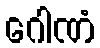
ဂေါဏံ